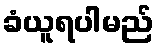
ခံယူရပါမည်